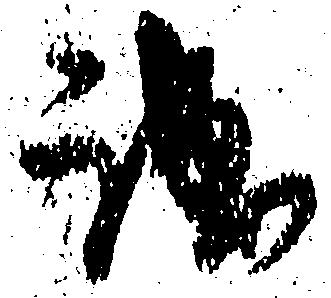
誠